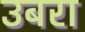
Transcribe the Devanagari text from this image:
उबरा